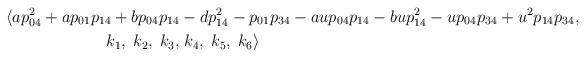
LaTeX: \begin{align*}\langle ap_{04}^2+ap_{01}p_{14}+bp_{04}p_{14}&-dp_{14}^2-p_{01}p_{34}-au p_{04}p_{14}-bu p_{14}^2-up_{04}p_{34}+u^2p_{14}p_{34},\\\;k_1,\;k_2,\;k_3,&\;k_4,\;k_5,\;k_6 \rangle\end{align*}